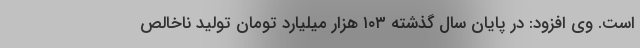
است. وی افزود: در پایان سال گذشته ۱۰۳ هزار میلیارد تومان تولید ناخالص